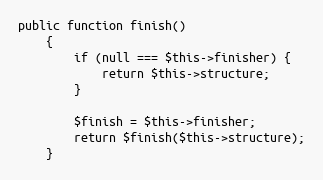
Language: PHP
public function finish()
    {
        if (null === $this->finisher) {
            return $this->structure;
        }

        $finish = $this->finisher;
        return $finish($this->structure);
    }